Burma Government Medical School reports 1923-41
Year: 1923
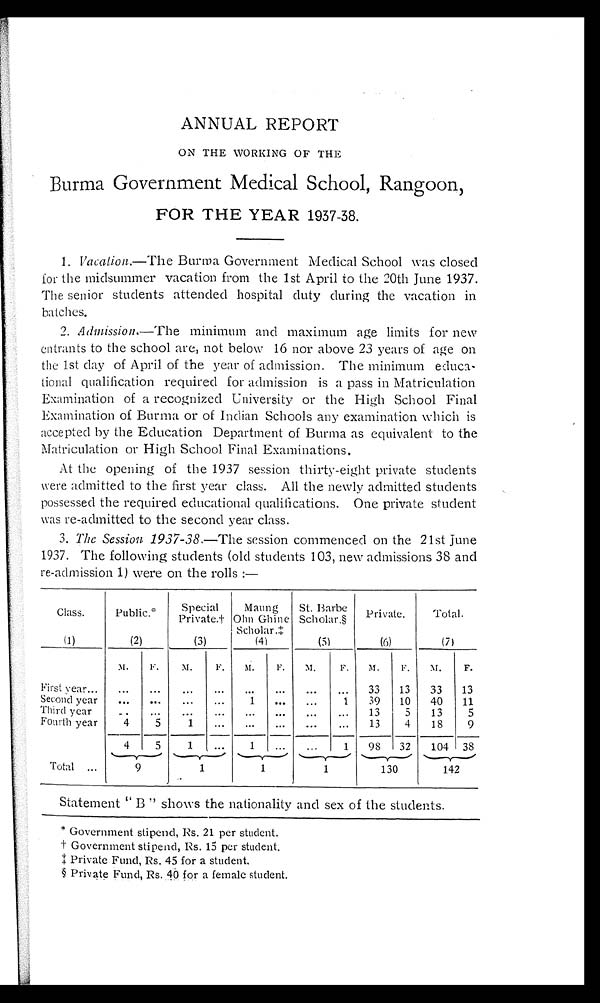
ANNUAL REPORT
ON THE WORKING OF THE
Burma Government Medical School Rangoon,,
FOR THE YEAR 1937-38.
1. Vacation.— The Burma Government Medical School was closed
for the midsummer vacation from the 1st April to the 20th June 1937.
The senior students attended hospital duty during the vacation in
batches.
2. Admission.—The minimum and maximum age limits for new
entrants to the school are, not below 16 nor above 23 years of age on
the 1st day of April of the year of admission. The minimum educa
-
tional qualification required for admission is a pass in Matriculation
Examination of a recognized University or the High School Final
Examination of Burma or of Indian Schools any examination which is
accepted by the Education Department of Burma as equivalent to the
Matriculation or High School Final Examinations.
At the opening of the 1937 session thirty-eight private students
were admitted to the first year class. All the newly admitted students
possessed the required educational qualifications. One private student
was re-admitted to the second year class.
3. The Session 1937-38.—The session commenced on the 21st June
1937. The following students (old students 103, new admissions 38 and
re-admission 1) were on the rolls :—
Class.
Public.*
Special
Private.†
Maung
Ohn Ghine
Scholar.‡
St. Barbe
Scholar.§
Private.
Total.
(1)
(2)
(3)
( 4 1 )
(5)
(6)
(7)
M.
F .
M.
F.
M.
F.
M.
F.
M.
F.
M.
F.
First year . . .
. . .
. . .
. . .
. . .
. . .
. . .
. . .
. . .
33
13
33
13
Second year
. . .
. . .
. . .
. . .
1
. . .
. . .
1
39
10
40
11
Third year
. . .
. . .
. . .
. . .
. . .
. . .
. . .
. . .
13
5
13
5
Fourth year
4
5
1
. . .
. . .
. . .
. . .
. . .
13
4
18
9
4
5
1
. . .
1
. . .
. . .
1
98
32
104
38
Total . . .
9
1
1
1
1 3 0
142
Statement " B '' shows the nationality and sex of the students.
* Government stipend, Rs. 21 per student.
† G o v e r n m e n t s t i p e n d , R s . 1 5 p e r s t u d e n t .
‡ P r i v a t e F u n d , R s . 4 5 f o r a s t u d e n t .
§ Private Fund, Rs. 40 for a female student.